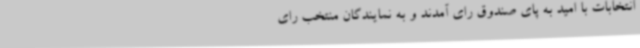
انتخابات با امید به پای صندوق رای آمدند و به نمایندگان منتخب رای